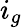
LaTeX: i_{g}